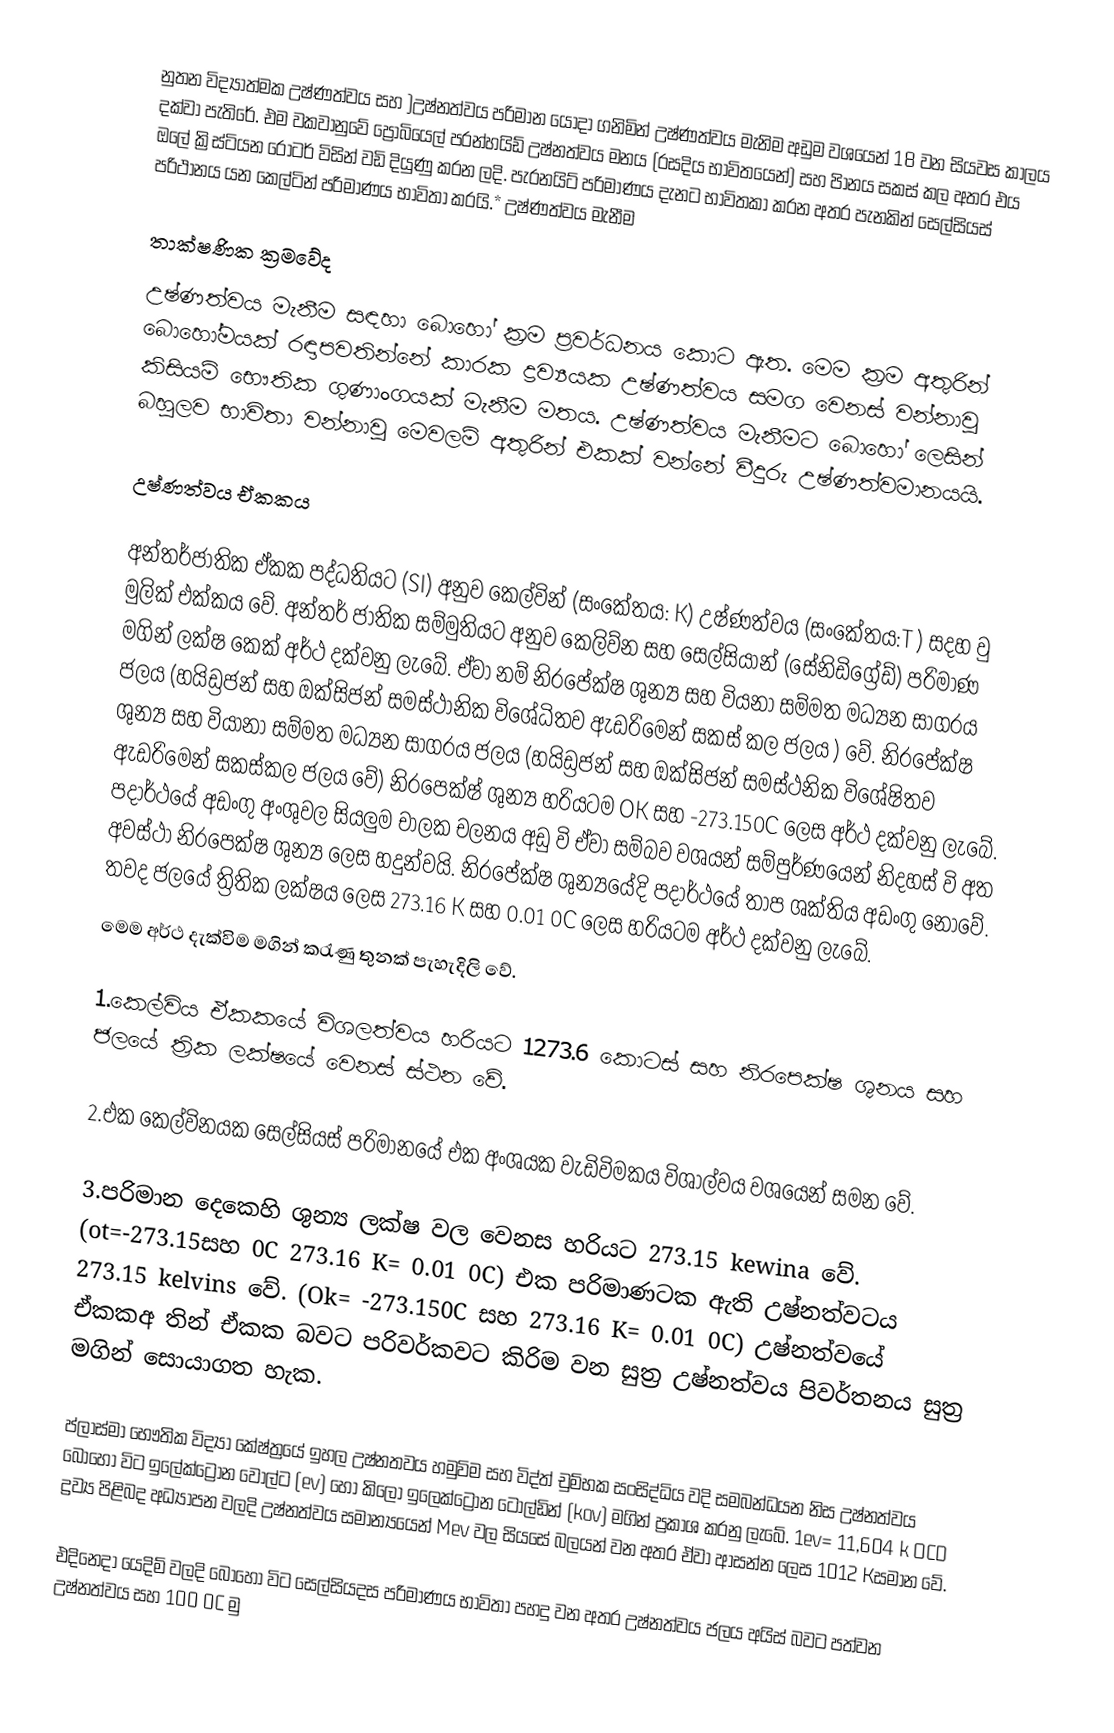
නුතන විද්‍යාත්මක උෂ්ණත්වය සහ )උෂ්නත්වය පරිමාන යොදා ගනිමින් උෂ්ණත්වය මැනිම අඩුම වශයෙන් 18 වන සියවස කාලය දක්වා පැතිරේ. එම වකවානුවේ ප්‍රොබියෙල් පරන්හයිඩ් උෂ්නත්වය මනය (රසදිය භාවිතයෙන්) සහ පිානය සකස් කල අතර එය ඔලේ ක්‍රිස්ටියන රෝටර් විසින් වඩි දියුණු කරන ලදි. පැරනයිට් පරිමාණය දැනට භාවිතකා කරන අතර පැනකින් සෙල්සියස් පරිථානය යන කෙල්ටින් පරිමාණය භාවිතා කරයි.* උෂ්ණත්වය මැනීම

තාක්ෂණික ක්‍රමවේද
උෂ්ණත්වය මැනීම සඳහා බොහෝ ක්‍රම ප්‍රවර්ධනය කොට ඇත. මෙම ක්‍රම අතුරින් බොහෝමයක් රඳාපවතින්නේ කාරක ද්‍රව්‍යයක උෂ්ණත්වය සමග වෙනස් වන්නාවූ කිසියම් භෞතික ගුණාංගයක් මැනීම මතය. උෂ්ණත්වය මැනීමට බොහෝ ලෙසින් බහුලව භාවිතා වන්නාවූ මෙවලම් අතුරින් එකක් වන්නේ වීදුරු උෂ්ණත්වමානයයි.

උෂ්ණත්වය ඒකකය

අන්තර්ජාතික ඒකක පද්ධතියට (SI) අනුව කෙල්වින් (සංකේතය: K) උෂ්ණත්වය (සංකේතය:T ) සදහ වු මුලික් එක්කය වේ. අන්තර් ජාතික සම්මුතියට අනුව කෙලිව්න සහ සෙල්සියාන් (සේනිඩිග්‍රේඩ්)  පරිමාණ මගින් ලක්ෂ කෙක් අර්ථ දක්වනු ලැබේ. ඒවා නම් නිරපේක්ෂ ශුන්‍ය සහ වියනා සම්මත මධ්‍යන සාගරය ජලය (හයිඩ්‍රජන් සහ ඔක්සිජන් සමස්ථානික විශේධිතව ඇඩරිමෙන් සකස් කල ජලය ‍) වේ. නිරපේක්ෂ ශුන්‍ය සහ වියානා සම්මත මධ්‍යන සාගරය ජලය (හයිඩ්‍රජන් සහ ඔක්සිජන් සමස්ථනික විශේෂිතව ඇඩරිමෙන් සකස්කල ජලය වේ) නිරපෙක්ෂ් ශුන්‍ය හරියටම OK   සහ -273.150C   ලෙස අර්ථ දක්වනු ලැබේ. පදාර්ථයේ අඩංගු අංශුවල සියලුම චාලක චලනය අඩු වි ඒවා සම්බව වශයන් සම්පුර්ණයෙන් නිදහස් වි අත අවස්ථා නිරපෙක්ෂ ශුන්‍ය ලෙස හදුන්වයි. නිර‍පේක්ෂ ශුන්‍යයේදි පදාර්ථයේ තාප ශක්තිය අඩංගු නොවේ. තවද ජලයේ ත්‍රිතික ලක්ෂය ලෙස 273.16 K  සහ  0.01 0C ලෙස හරියටම අර්ථ දක්වනු ලැබේ.
මෙම අර්ථ දැක්විම මගින් කරැණු තුනක් පැහැදිලි වේ.

1.කෙල්විය ඒකකයේ විශලත්වය හරියට 1273.6 කොටස් සහ නිරපෙක්ෂ ශුනය සහ ජලයේ ත්‍රික ලක්ෂයේ වෙනස් ස්ථන වේ.

2.එක කෙල්විනයක සෙල්සියස් පරිමානයේ එක අංශයක වැඩිවිමකය විශාල්වය වශයෙන් සමන වේ.

3.පරිමාන දෙකෙහි ශුන්‍ය ලක්ෂ වල වෙනස හරියට 273.15 kewina වේ.  (ot=-273.15සහ 0C    273.16 K= 0.01 0C) එක පරිමාණටක ඇති උෂ්නත්වටය 273.15 kelvins වේ. (Ok= -273.150C සහ 273.16 K= 0.01 0C) උෂ්නත්වයේ ඒකකඅ තින් ඒකක බවට පරිවර්කවට කිරිම වන සුත්‍ර  උෂ්නත්වය පිවර්තනය සුත්‍ර මගින් සොයාගත හැක.

ප්ලාස්මා භෞතික විද්‍යා කේෂ්ත්‍රයේ ඉහල උෂ්නතවය හමුවිම සහ විද්ත් චුම්භක සංසිද්ධිය වදි සමබන්ධයන නිස උෂ්නත්වය බොහෝ විට ඉලේක්ට්‍රෝන වෝල්ට (ev) හෝ කිලෝ ඉලෙක්ට්‍රෝන ටෝල්ඩින් (kov) මගින් ප්‍රකාශ කරනු ලැබේ. 1ev= 11,604 k OCD  ද්‍රව්‍ය පිළිබද අධ්‍යාපන වලදි උෂ්නත්වය සමාන්‍යයෙන් Mev වල සියසේ බලයන් වන අතර ඒවා ආසන්න ලෙස   1012 Kසමාන වේ.

එදිනෙදා යෙදිම් වලදි බොහෝ විට සෙල්සියදස පරිමාණය භාවිතා පහදු වන අතර     උෂ්නත්වය ජලය අයිස් බවට පත්වන උෂ්නත්වය සහ 100 0C   මු